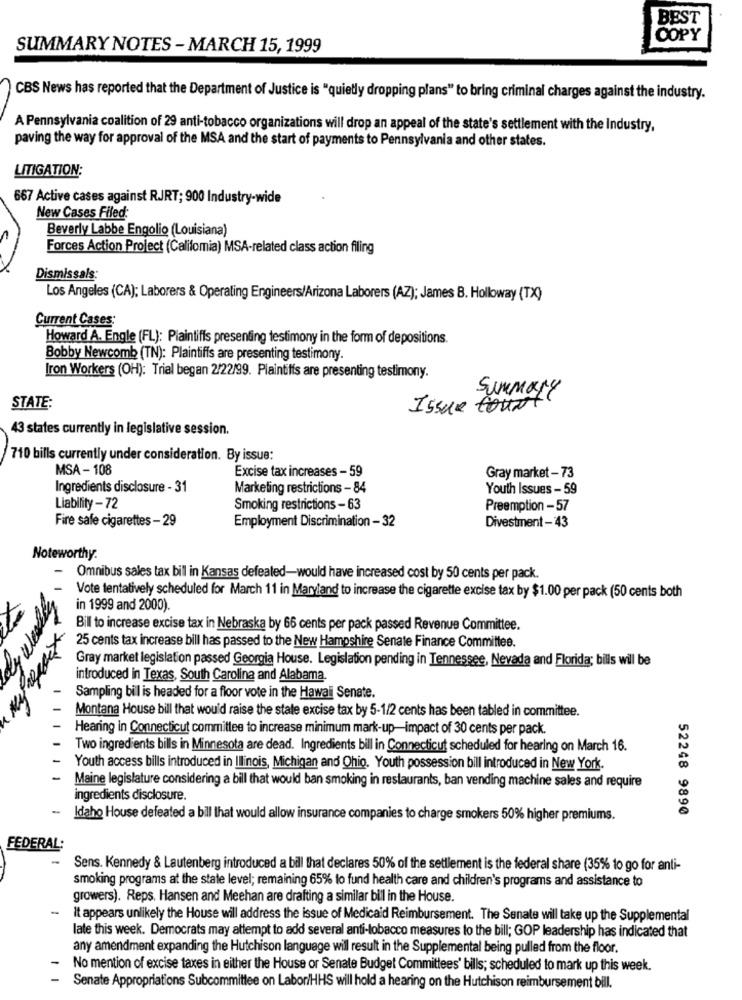
BEST
COPY
SUMMARY NOTES - MARCH 15, 1999
CBS News has reported that the Department of Justice is "quietly dropping plans" to bring criminal charges against the industry.
A Pennsylvania coalition of 29 anti-tobacco organizations will drop an appeal of the state's settlement with the Industry,
paving the way for approval of the MSA and the start of payments to Pennsylvania and other states.
LITIGATION:
667 Active cases against RJRT; 900 Industry-wide
New Cases Filed:
Beverly Labbe Engolio (Louisiana)
Forces Action Project (Califomia) MSA-related class action filing
Dismissals:
Los Angeles (CA); Laborers & Operating Engineers/Arizona Laborers (AZ); James B. Holloway (TX)
Current Cases:
Howard A. Engle (FL): Plaintiffs presenting testimony in the form of depositions.
Bobby Newcomb (TN): Plaintiffs are presenting testimony.
Iron Workers (OH): Trial began 2/22/99. Plaintiffs are presenting testimony.
Summary
STATE:
Issue tout
43 states currently in legislative session.
710 bills currently under consideration. By issue:
MSA - 108
Excise tax increases - 59
Gray market - 73
Ingredients disclosure - 31
Marketing restrictions - 84
Youth Issues - 59
Liability-72
Smoking restrictions -63
Preemption -57
Fire safe cigarettes - 29
Employment Discrimination - 32
Divestment -43
Noteworthy.
- Omnibus sales tax bill in Kansas defeated-would have increased cost by 50 cents per pack.
Vote tentatively scheduled for March 11 in Maryland to increase the cigarette excise tax by $1.00 per pack (50 cents both
in 1999 and 2000).
Bill to increase excise tax in Nebraska by 66 cents per pack passed Revenue Committee.
25 cents tax increase bill has passed to the New Hampshire Senate Finance Committee.
Gray market legislation passed Georgia House. Legislation pending in Tennessee, Nevada and Florida; bills will be
introduced in Texas, South Carolina and Alabama.
Sampling bill is headed for a floor vote in the Hawall Senate.
Montana House bill that would raise the state excise tax by 5-1/2 cents has been tabled in committee.
Hearing in Connecticut committee to increase minimum mark-up-impact of 30 cents per pack.
Two ingredients bills in Minnesota are dead. Ingredients bill in Connecticut scheduled for hearing on March 16.
Youth access bills introduced in Illinois, Michigan and Ohio. Youth possession bill introduced in New York.
- Maine legislature considering a bill that would ban smoking in restaurants, ban vending machine sales and require
ingredients disclosure.
52248 9890
- Idaho House defeated a bill that would allow insurance companies to charge smokers 50% higher premiums.
FEDERAL:
Sens. Kennedy & Lautenberg introduced a bill that declares 50% of the settlement is the federal share (35% to go for anti-
smoking programs at the state level; remaining 65% to fund health care and children's programs and assistance to
growers). Reps. Hansen and Meehan are drafting a similar bill in the House.
It appears unlikely the House will address the issue of Medicaid Reimbursement. The Senate will take up the Supplemental
late this week. Democrats may attempt to add several anti-tobacco measures to the bill; GOP leadership has indicated that
any amendment expanding the Hutchison language will result in the Supplemental being pulled from the floor.
No mention of excise taxes in either the House or Senate Budget Committees' bills; scheduled to mark up this week.
Senate Appropriations Subcommittee on Labor/HHS will hold a hearing on the Hutchison reimbursement bill.